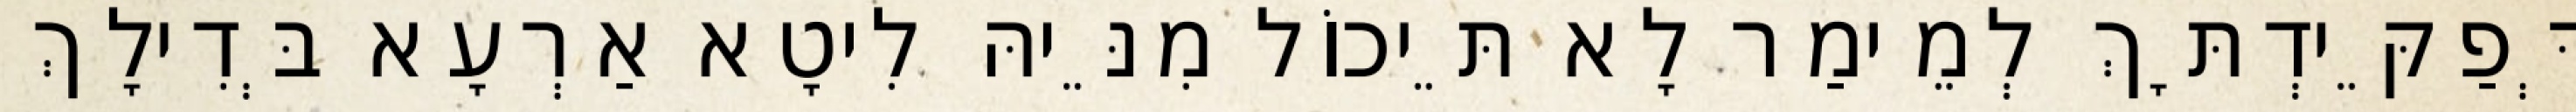
דְּפַקֵּידְתָּךְ לְמֵימַר לָא תֵּיכוֹל מִנֵּיהּ לִיטָא אַרְעָא בְּדִילָךְ